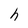
Character: h